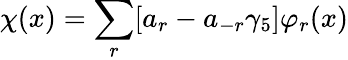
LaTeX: \chi(x)=\sum_{r}[a_{r}-a_{-r}\gamma_{5}]\varphi_{r}(x)